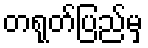
တရုတ်ပြည်မှ